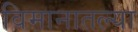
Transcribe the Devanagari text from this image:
विमानातल्या